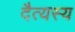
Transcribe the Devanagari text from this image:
दैत्यस्य